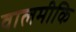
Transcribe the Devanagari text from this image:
वालमीकि